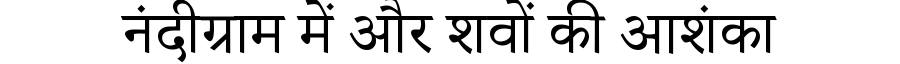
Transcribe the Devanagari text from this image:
नंदीग्राम में और शवों की आशंका